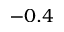
- 0 . 4